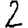
Digit: 2